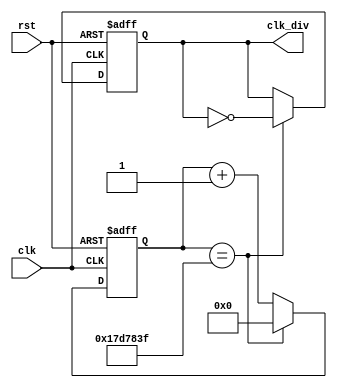
`timescale 1ns / 1ps
//////////////////////////////////////////////////////////////
//////////////////////////////////////////////////////////////////////////////////
module clock_divider(clk ,rst, clk_div  );

input clk;
input rst;
output reg clk_div;

localparam constantNumber = 26'd25000000;

reg [25:0] count;

initial
begin
	count = 26'd0; //set counter to 0
end
 
always @ (posedge(clk), posedge(rst))
begin
    if (rst == 1'b1)
        count <= 26'b0; //set counter to 0
    else if (count == constantNumber - 1) //reset counter
        count <= 26'b0;
    else
        count <= count + 26'd1; //increment counter
end

always @ (posedge(clk), posedge(rst))
begin
    if (rst == 1'b1)
        clk_div <= 1'b0; //reset ckl_div to 0
    else if (count == constantNumber - 1)
        clk_div <= ~clk_div; //if at end of count,invert clk_div value
    else
        clk_div <= clk_div; //if reset is not 1 and count is not at end, clk_div remains constant 0 as per observation
end

endmodule